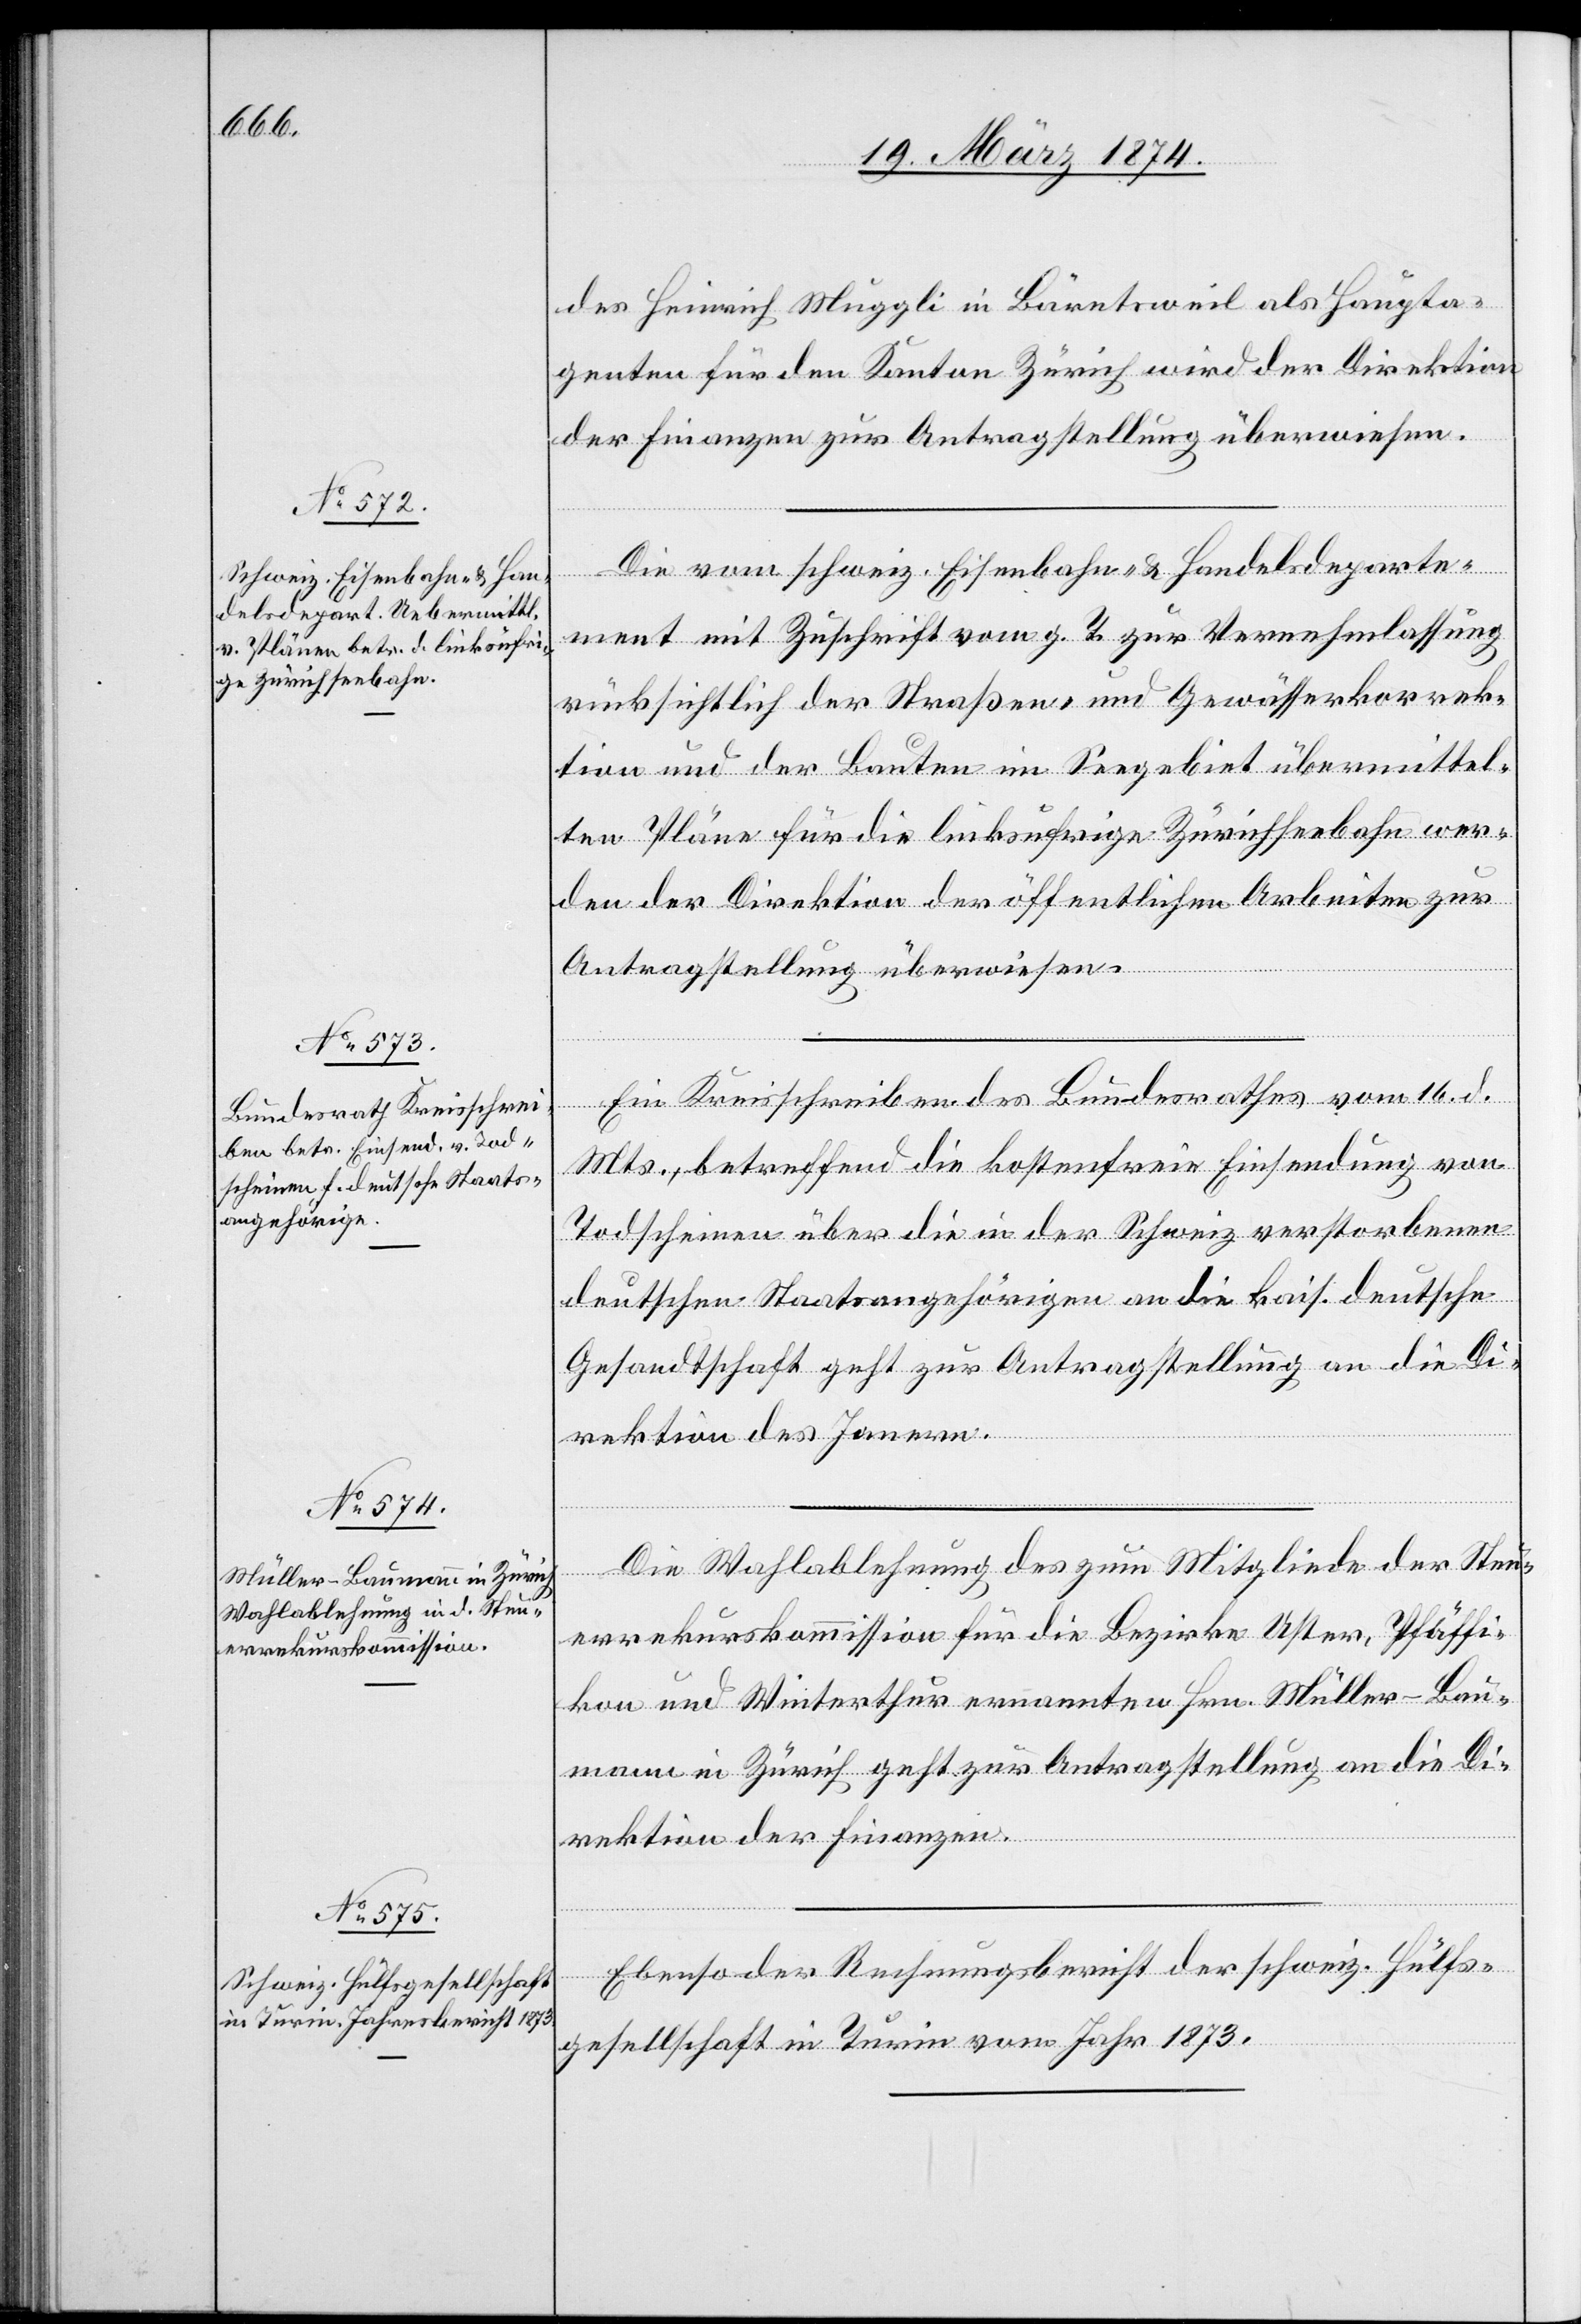
19. März 1874.]
des Heinrich Müggli in Bärentsweil als Haupta¬
genten für den Kanton Zürich wird der Direktion
der Finanzen zur Antragstellung überwiesen.
Die vom schweiz. Eisenbahn- u. Handelsdeparte¬
ment mit Zuschrift vom g. T. zur Vernehmlassung
rücksichtlich der Straßen- und Gewässerkorrek¬
tion und der Bauten im Seegebiet übermittel¬
ten Pläne für die linksufrige Zürichseebahn wer¬
den der Direktion der öffentlichen Arbeiten zur
Antragstellung überwiesen.
Ein Kreisschreiben des Bundesrathes vom 16. d.
Mts. betreffend die kostenfreie Einsendung von
Todscheinen über die in der Schweiz verstorbenen
deutschen Staatsangehörigen an die kais. deutsche
Gesandtschaft geht zur Antragstellung an die Di¬
rektion des Innern.
Die Wahlablehnung des zum Mitgliede der Steu¬
errekurskommission für die Bezirke Uster, Pfäffi¬
kon und Winterthur ernannten Hrn. Müller-Bau¬
mann in Zürich geht zur Antragstellung an die Di¬
rektion der Finanzen.
Ebenso der Rechnungsbericht der schweiz. Hülfs¬
gesellschaft in Turin vom Jahr 1873.